Lunatic asylums Bombay report 1891-1903 - 1891-1903
Year: 1891
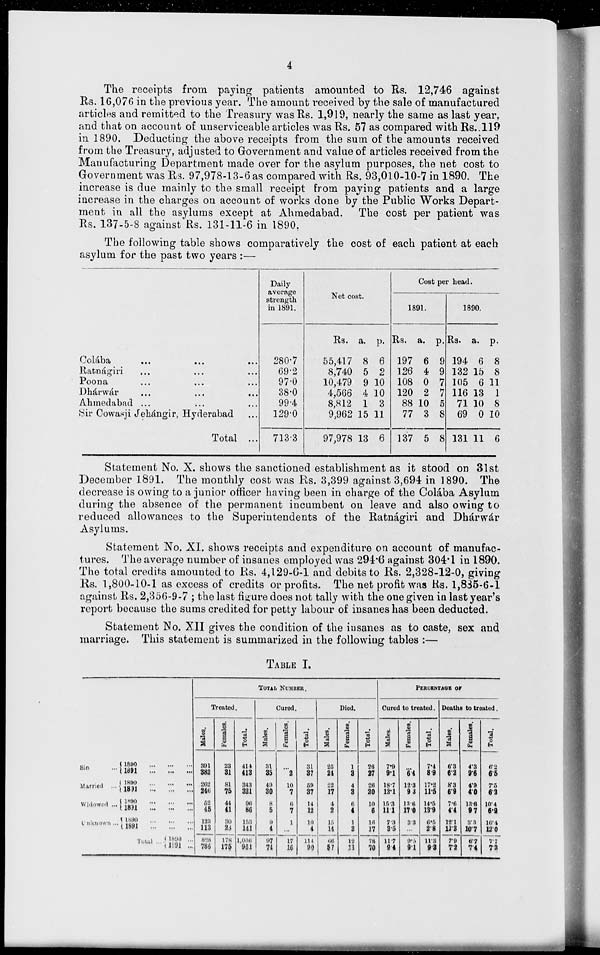
4
The receipts from paying patients amounted to Rs. 12,746 against
Rs. 16,076 in the previous year. The amount received by the sale of manufactured
articles and remitted to the Treasury was Rs. 1,919, nearly the same as last year,
and that on account of unserviceable articles was Rs. 57 as compared with Rs.119
in 1890. Deducting the above receipts from the sum of the amounts received
from the Treasury, adjusted to Government and value of articles received from the
Manufacturing Department made over for the asylum purposes, the net cost to
Government was Rs. 97,978-13-6 as compared with Rs. 93,010-10-7 in 1890. The
increase is due mainly to the small receipt from paying patients and a large
increase in the charges on account of works done by the Public Works Depart-
ment in all the asylums except at Ahmedabad. The cost per patient was
Rs. 137-5-8 against Rs. 131-11-6 in 1890.
The following table shows comparatively the cost of each patient at each
asylum for the past two years :—
Colába ... ... ...
Ratnágiri ... ... ...
Poona ... ... ...
Dhárwár ... ... ...
Ahmedabad ... ... ...
Sir Cowasji Jehángir, Hyderabad ...
Total ...
Daily
average
strength
in 1891.
280.7
69.2
97.0
38.0
99.4
129.0
713.3
Net cost.
Rs.
55,417
8,740
10,479
4,566
8,812
9,962
97,978
a.
8
5
9
4
1
15
13
p.
6
2
10
10
3
11
6
Cost per head.
1891.
Rs.
197
126
108
120
88
77
137
a.
6
4
0
2
10
3
5
p.
9
9
7
7
5
8
8
1890.
Rs.
194
132
105
116
71
69
131
a.
6
15
6
13
10
0
11
p.
8
8
11
1
8
10
6
Statement No. X. shows the sanctioned establishment as it stood on 31st
December 1891. The monthly cost was Rs. 3,399 against 3,694 in 1890. The
decrease is owing to a junior officer having been in charge of the Colába Asylum
during the absence of the permanent incumbent on leave and also owing to
reduced allowances to the Superintendents of the Ratnágiri and Dhárwár
Asylums.
Statement No. XI. shows receipts and expenditure on account of manufac-
tures. The average number of insanes employed was 294.6 against 304.1 in 1890.
The total credits amounted to Rs. 4,129-6-1 and debits to Rs. 2,328-12-0, giving
Rs. 1,800-10-1 as excess of credits or profits. The net profit was Rs. 1,885-6-1
against Rs. 2,356-9-7 ; the last figure does not tally with the one given in last year's
report because the sums credited for petty labour of insanes has been deducted.
Statement No. XII gives the condition of the insanes as to caste, sex and
marriage. This statement is summarized in the following tables :—
TABLE I.
Single ...
Married
...
Widowed ...
Unknown ...
Total ...
1890
...
...
...
1891
...
...
...
1890
...
...
...
1891
...
...
...
1890 ... ... ...
1891
...
...
...
1890 ... ... ...
1891
...
...
...
1890 ...
1891 ...
TOTAL NUMBER.
Treated.
Males.
391
382
262
246
52
45
123
113
828
786
Females.
23
31
81
75
44
41
30
28
178
175
Total.
414
413
343
321
96
86
153
141
1,006
961
Cured.
Males.
31
35
49
30
8
5
9
4
97
74
Females.
...
2
10
7
6
7
1
...
17
16
Total.
31
37
59
37
14
12
10
4
114
90
Died.
Males.
25
24
22
17
4
2
15
14
66
57
Females.
1
3
4
3
6
4
1
3
12
13
Total.
26
27
26
20
10
6
16
17
78
70
PERCENTAGE OF
Cured to treated.
Males.
7.9
9.1
18.7
12.1
15.3
11.1
7.3
3.5
11.7
9.4
Females.
...
6.4
12.3
9.3
13.6
17.0
3.3
...
9.5
9.1
Total.
7.4
8.9
17.2
11.5
14.5
13.9
6.5
2.8
11.3
9.3
Deaths to treated.
Males.
6.3
6.2
8.3
6.9
7.6
4.4
12.1
12.3
7.9
7.2
Females.
4.3
9.6
4.9
4.0
13.6
9.7
3.3
10.7
6.7
7.4
Total.
6.2
6.5
7.5
6.2
10.4
6.2
10.4
12.0
7.7
7.2